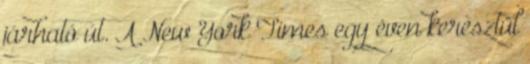
járható út. A New York Times egy éven keresztül